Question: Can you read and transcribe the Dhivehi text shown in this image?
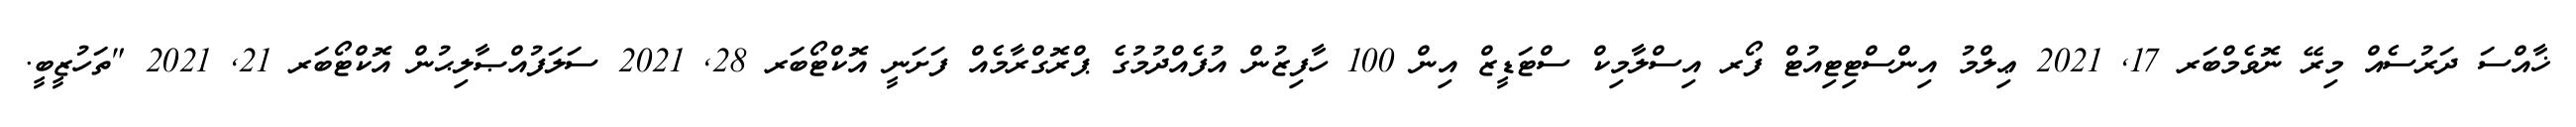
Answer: ޚާއްސަ ދަރުސެއް މިރޭ ނޮވެމްބަރ 17, 2021 ޢިލްމު އިންސްޓިޓިއުޓް ފޯރ އިސްލާމިކް ސްޓަޑީޒް އިން 100 ހާފިޒުން އުފެއްދުމުގެ ޕްރޮގްރާމެއް ފަށަނީ އޮކްޓޯބަރ 28, 2021 ސަލަފުއްޞާލިޙުން އޮކްޓޯބަރ 21, 2021 "ތަހުޒީބީ.